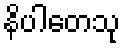
နိပါတေသု